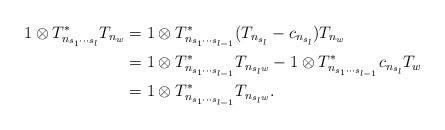
LaTeX: \begin{align*}1\otimes T_{n_{s_1\dotsm s_l}}^*T_{n_{w}} & =1\otimes T_{n_{s_1\dotsm s_{l - 1}}}^*(T_{n_{s_l}} - c_{n_{s_l}})T_{n_{w}}\\& = 1\otimes T_{n_{s_1\dotsm s_{l - 1}}}^*T_{n_{s_lw}} - 1\otimes T_{n_{s_1\dotsm s_{l - 1}}}^*c_{n_{s_l}}T_{w}\\& = 1\otimes T_{n_{s_1\dotsm s_{l - 1}}}^*T_{n_{s_lw}}.\end{align*}